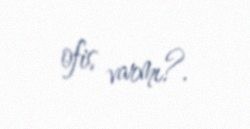
ofis varmı?.